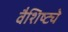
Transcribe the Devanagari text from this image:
वैशिष्ट्येेे